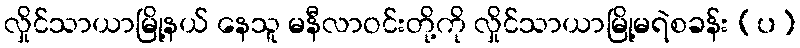
လှိုင်သာယာမြို့နယ် နေသူ မနီလာဝင်းတို့ကို လှိုင်သာယာမြို့မရဲစခန်း (ပ)